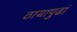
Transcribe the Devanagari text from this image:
ठायापुढां